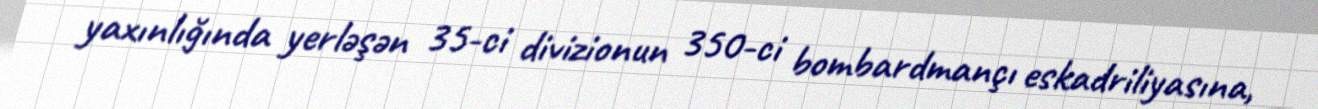
yaxınlığında yerləşən 35-ci divizionun 350-ci bombardmançı eskadriliyasına,